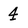
Character: 4